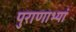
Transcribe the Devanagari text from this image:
पुराणाभ्यां